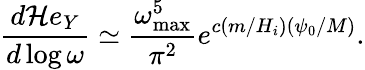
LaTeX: \frac{d{\cal H}e_{Y}}{d\log{\omega}}\simeq\frac{\omega_{\mathrm{max}}^{5}}{\pi^{2}}e^{c(m/H_{i})(\psi_{0}/M)}.